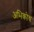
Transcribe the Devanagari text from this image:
अभिकोथ